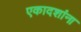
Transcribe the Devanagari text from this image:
एकादशांना